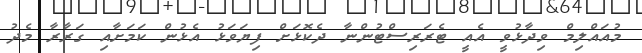
މުއައްލިމް ވިދާޅުވީ އެއީ ޓެރަރިސްޓުންނާ ދެކޮޅަށް ފިޔަވަޅު އެޅުން ކަމަށާއި ގަރާރާ މެދު